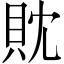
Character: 𧴸